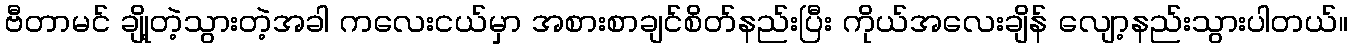
ဗီတာမင် ချို့တဲ့သွားတဲ့အခါ ကလေးငယ်မှာ အစားစာချင်စိတ်နည်းပြီး ကိုယ်အလေးချိန် လျော့နည်းသွားပါတယ်။